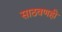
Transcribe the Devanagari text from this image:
साठवणही